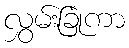
လွှမ်းခြုံကာ